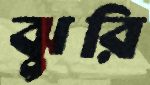
ঝুরি